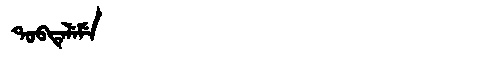
Manchu: ᡨᠣᠪᡨᡝᠯᡝᠮᡝ
Romanization: TOBTELEME